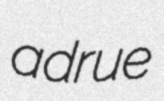
adrue